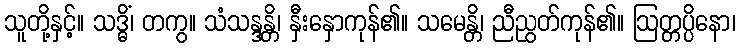
သူတို့နှင့်။ သဒ္ဓိံ၊ တကွ။ သံသန္ဒန္တိ၊ နှီးနှောကုန်၏။ သမေန္တိ၊ ညီညွတ်ကုန်၏။ ဩတ္တပ္ပိနော၊